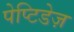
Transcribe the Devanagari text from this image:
पेप्टिडेज़